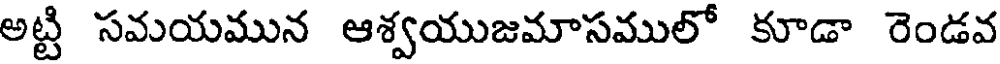
అట్టి సమయమున ఆశ్వయుజమాసములో కూడా రెండవ